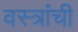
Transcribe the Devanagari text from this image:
वस्त्रांची